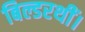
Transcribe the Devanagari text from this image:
बिल्डरथीं।